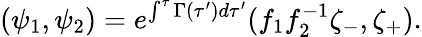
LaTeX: (\psi_{1},\psi_{2})=e^{\int^{\tau}\Gamma(\tau^{\prime})d\tau^{\prime}}(f_{1}f_{2}^{-1}\zeta_{-},\zeta_{+}).